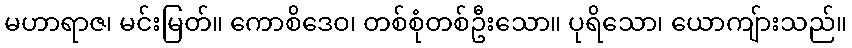
မဟာရာဇ၊ မင်းမြတ်။ ကောစိဒေဝ၊ တစ်စုံတစ်ဦးသော။ ပုရိသော၊ ယောကျ်ားသည်။